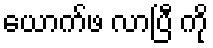
ယောက်ဖ လာပြီ ကို